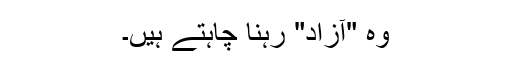
وہ "آزاد" رہنا چاہتے ہیں۔